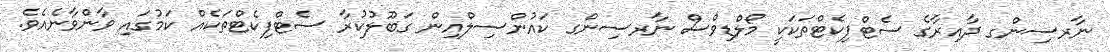
ނާރސިންގ ދާއިރާގެ ސެޓްފިކެޓްތަކަކީ މޯލްޑިވްސް ނާރސިންގ ކައުންސިލްއިން ގަބޫލުކުރާ ސެޓްފިކެޓްތަކެއް ކަމުގައި ވާންވާނެއެވެ.